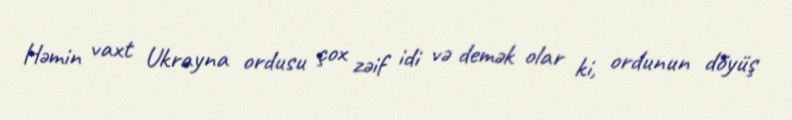
Həmin vaxt Ukrayna ordusu çox zəif idi və demək olar ki, ordunun döyüş